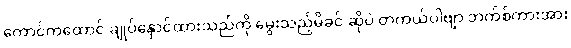
ကောင်ကထောင် ချုပ်နှောင်ထားသည်ကို မွေးသည့်မိခင် ဆိုပဲ တကယ်ပါဗျာ ဘက်စ်ကားအား